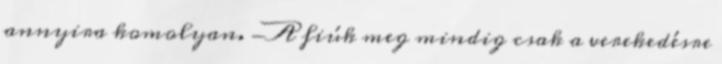
annyira komolyan. -A fiúk meg mindig csak a verekedésre